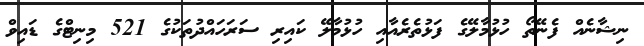
ނިޝާނެއް ފެނޭތޯ ހުޅުމާލޭގެ ފަޅުތެރެއާއި ހުޅުމާލޭ ކައިރި ސަރަހައްދުތަކުގެ 521 މިނިޓްގެ ޑައިވް